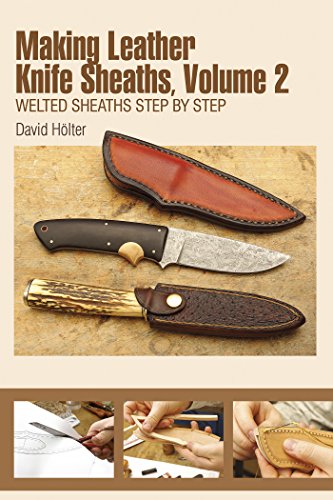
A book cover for Making Leather Knife Sheaths, Vol. II: Welted Sheaths Step by Step; David HÃ¶lter; Crafts, Hobbies & Home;